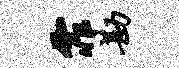
霏勘